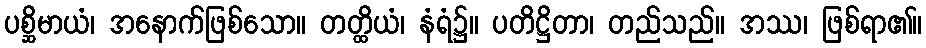
ပစ္ဆိမာယံ၊ အနောက်ဖြစ်သော။ တတ္ထိယံ၊ နံရံ၌။ ပတိဋ္ဌိတာ၊ တည်သည်။ အဿ၊ ဖြစ်ရာ၏။